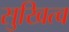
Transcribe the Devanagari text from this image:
सुखित्व